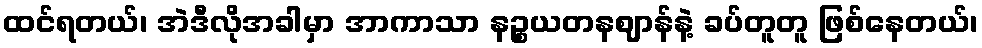
ထင်ရတယ်၊ အဲဒီလိုအခါမှာ အာကာသာ နဉ္စယတနဈာန်နဲ့ ခပ်တူတူ ဖြစ်နေတယ်၊